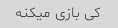
کی بازی میکنه